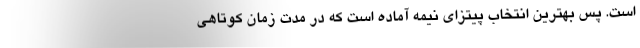
است. پس بهترین انتخاب پیتزای نیمه آماده است که در مدت زمان کوتاهی